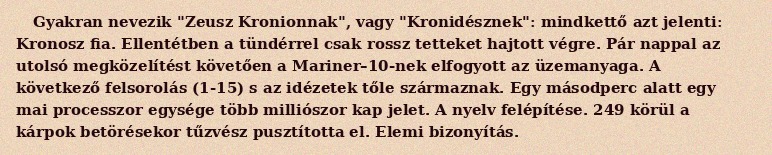
Gyakran nevezik "Zeusz Kronionnak", vagy "Kronidésznek": mindkettő azt jelenti: Kronosz fia. Ellentétben a tündérrel csak rossz tetteket hajtott végre. Pár nappal az utolsó megközelítést követően a Mariner–10-nek elfogyott az üzemanyaga. A következő felsorolás (1-15) s az idézetek tőle származnak. Egy másodperc alatt egy mai processzor egysége több milliószor kap jelet. A nyelv felépítése. 249 körül a kárpok betörésekor tűzvész pusztította el. Elemi bizonyítás.